Statistical return of the lunatic asylum in Assam - 1912-1932
Year: 1912
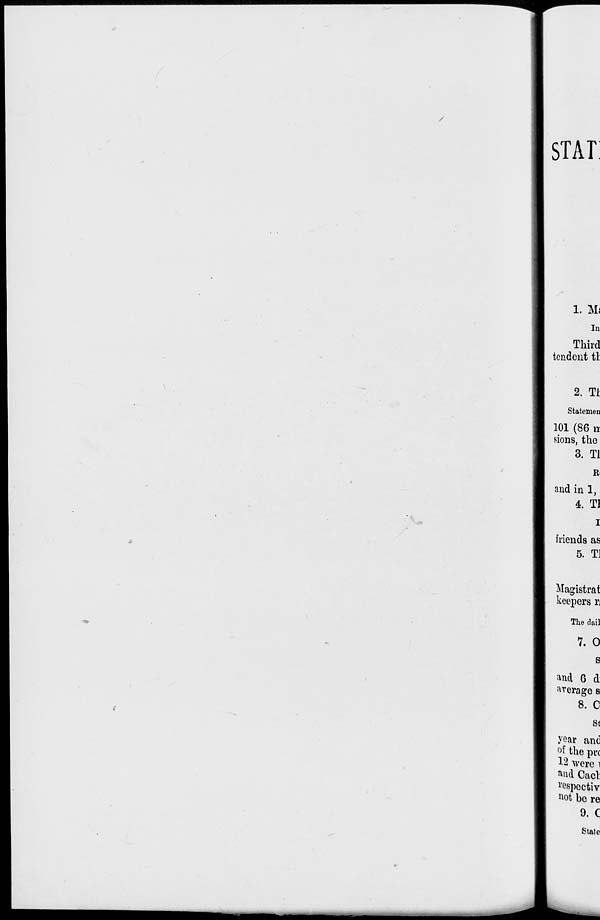
/
STAT
1. M*
In
Third
tendent tl
2. Ti
Statemen
101 (86 n
sions, the
3. Tl
and in 1,
4. TI
I
friends as
5. T]
Magistral
keepers rj
The dail
7. 0
and 6 d
•average s
8. C
St
year and
°f the pre
12 were i
and Cacl:
l 'espectiv
Hot be re
9. C
State